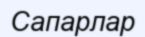
Сапарлар